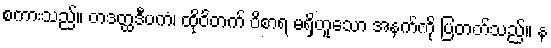
စကားသည်။ တဒတ္ထဒီပကံ၊ ထိုဝိတက် ဝိစာရ မရှိဟူသော အနက်ကို ပြတတ်သည်။ န